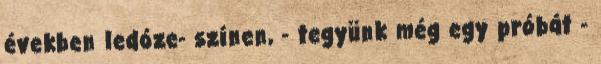
években ledóze- színen, - tegyünk még egy próbát -